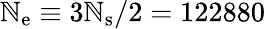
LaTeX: \mathbb{N}_{\mathrm{{e}}}\equiv3\mathbb{N}_{\mathrm{{s}}}/2=122880